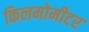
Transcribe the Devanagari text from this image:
किलमोमीटर